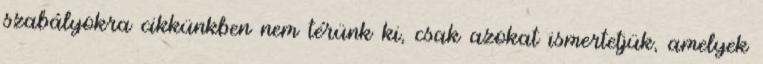
szabályokra cikkünkben nem térünk ki, csak azokat ismertetjük, amelyek